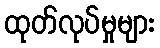
ထုတ်လုပ်မှုများ